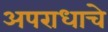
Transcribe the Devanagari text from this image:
अपराधाचे